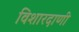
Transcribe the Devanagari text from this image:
विशारदाणी